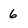
Character: 6